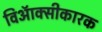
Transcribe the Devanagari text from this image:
विऑक्सीकारक